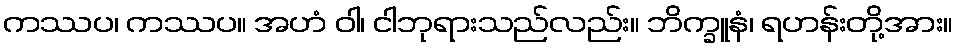
ကဿပ၊ ကဿပ။ အဟံ ဝါ၊ ငါဘုရားသည်လည်း။ ဘိက္ခူနံ၊ ရဟန်းတို့အား။